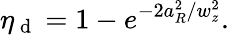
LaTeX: \eta_{\mathrm{~d~}}=1-e^{-2a_{R}^{2}/w_{z}^{2}}.